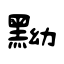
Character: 黝